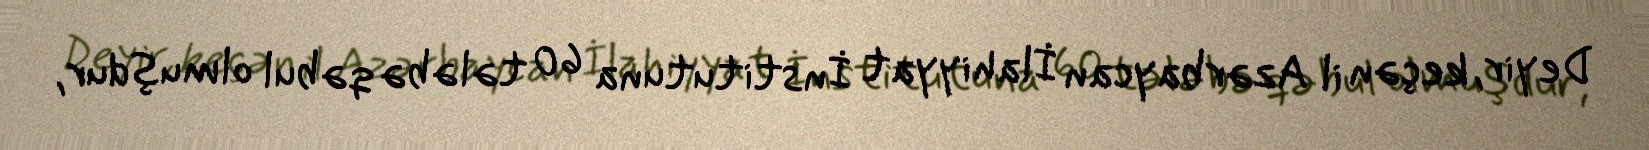
Deyir, keçən il Azərbaycan İlahiyyat İnstitutuna 60 tələbə qəbul olmuşdur,